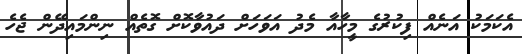
އެކަމަކު އަނެއް ފިކުރުގެ މީހާއާ މެދު އަވަހަށް ދައުވާކޮށް ގޮތެއް ނިންމައިދޭން ޖެހެ